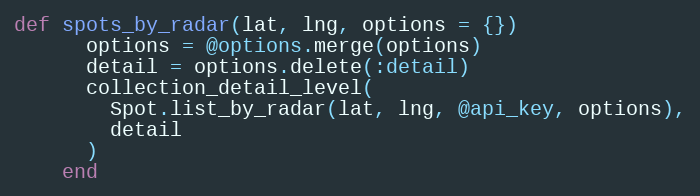
Language: Ruby
def spots_by_radar(lat, lng, options = {})
      options = @options.merge(options)
      detail = options.delete(:detail)
      collection_detail_level(
        Spot.list_by_radar(lat, lng, @api_key, options),
        detail
      )
    end